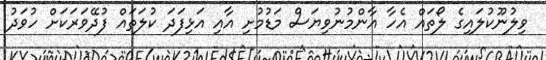
ވިލުނޫކުލައިގެ ލޯތައް އެހާ އާންމުނުވިޔަސް މަޑުމުށި އާއި އަޅިފަދަ ކުލަތައް ފުދޭވަރަކަށް ހުވަދު